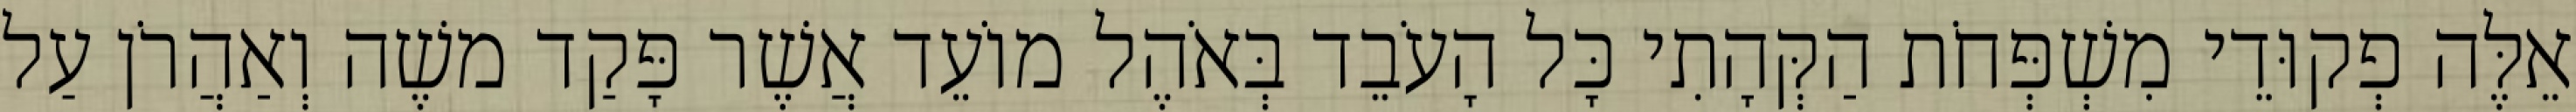
אֵלֶּה פְקוּדֵי מִשְׁפְּחֹת הַקְּהָתִי כָּל הָעֹבֵד בְּאֹהֶל מוֹעֵד אֲשֶׁר פָּקַד משֶׁה וְאַהֲרֹן עַל